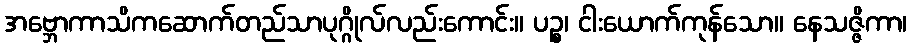
အဗ္ဘောကာသိကဆောက်တည်သာပုဂ္ဂိုလ်လည်းကောင်း။ ပဉ္စ၊ ငါးယောက်ကုန်သော။ နေသဇ္ဇိကာ၊